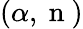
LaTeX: (\alpha,\mathrm{~n~})